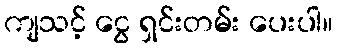
ကျသင့် ငွေ ရှင်းတမ်း ပေးပါ။